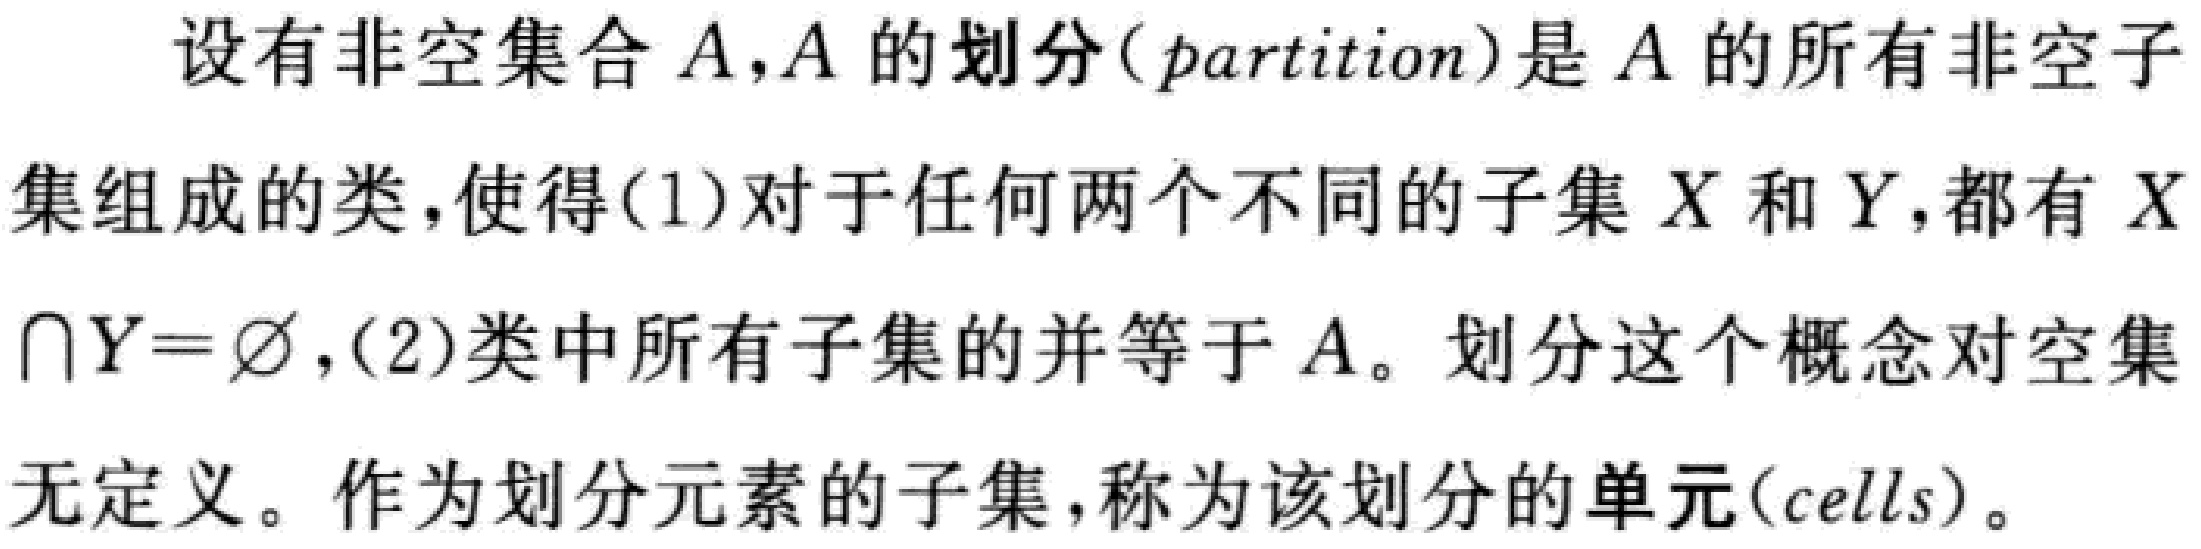
设有非空集合 \(A\)，\(A\) 的划分（\(partition\)）是 \(A\) 的所有非空子集组成的类，使得(1)对于任何两个不同的子集 \(X\) 和 \(Y\)，都有 \(X\cap Y = \varnothing\)，(2)类中所有子集的并等于 \(A\)。划分这个概念对空集无定义。作为划分元素的子集，称为该划分的单元（\(cells\)）。